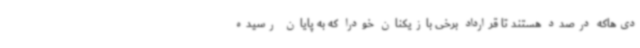
دی‌هاکه درصدد هستند تا قرارداد برخی بازیکنان خودرا که به پایان رسیده